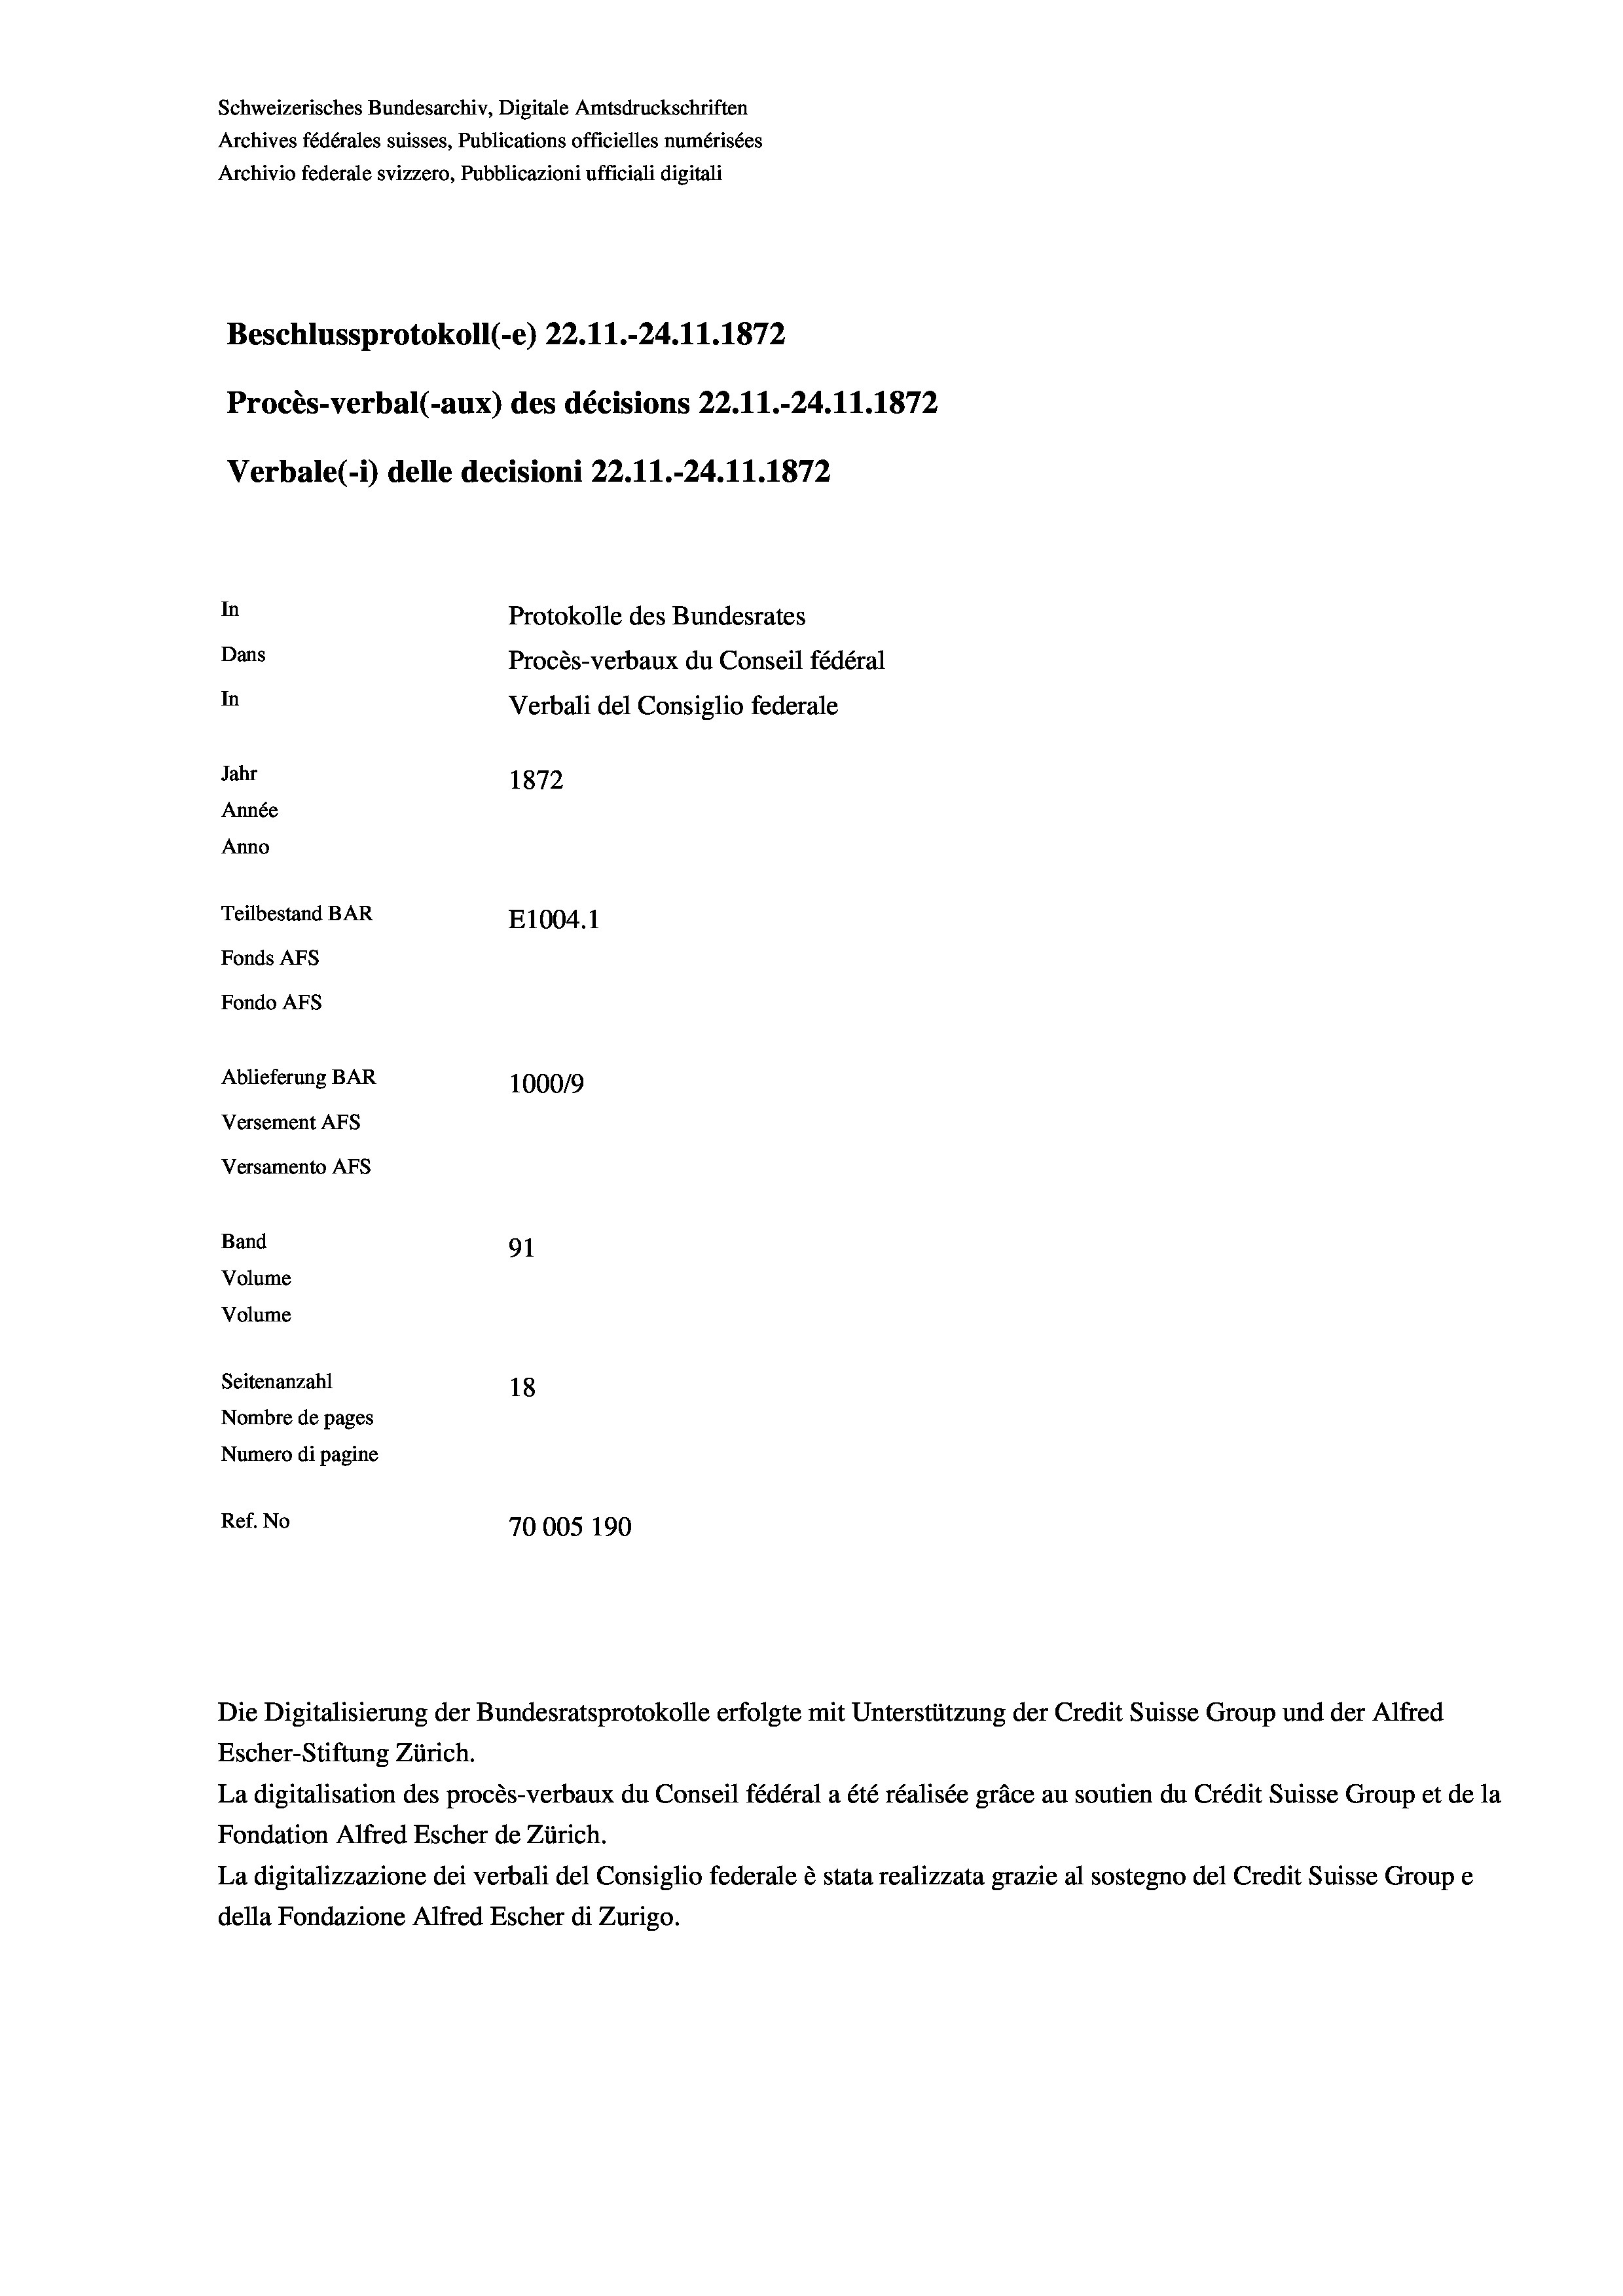
Schweizerisches Bundesarchiv, Digitale Amtsdruckschriften
Archives fédérales suisses, Publications officielles numérisées
Archivio federale svizzero, Pubblicazioni ufficiali digitali
Beschlussprotokoll (-e) 22.11.-24.11.1872
Procès-verbal (-aux) des décisions 22.11.-24.11.1872
Verbale(- 1) delle decisioni 22.11.-24.11.1872
In
Protokolle des Bundesrates
Dans
Procès-verbaux du Conseil fédéral
In
Verbali del Consiglio federale
Jahr
1872
Année
Anno
Teilbestand BAR
E1004. 1
Fonds AFs
Fondo AFS
Ablieferung BAR
100019
Versement AFs
Versamento Afs

91
18
Nombre de pages
Numero di pagine
Ref. No
70005 190

Band
Volume
Volume

Seitenanzahl

Escher-Stiftung Zürich.
La digitalisation des procès-verbaux du Conseil fédéral a été réalisée gräce au soutien du Crédit Suisse Group et de la
Fondation Alfred Escher de Zürich.
La digitalizzazione dei verbali del Consiglio federale è stata realizzata grazie al sostegno del Credit Suisse Groupe
della Fondazione Alfred Escher di Zurigo.

Die Digitalisierung der Bundesratsprotokolle erfolgte mit Unterstützung der Credit Suisse Group und der Alfred